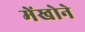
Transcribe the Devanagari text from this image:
मेंखोने